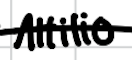
Text: Attilio
Cross-out: single-line
Writing tool: digital_black